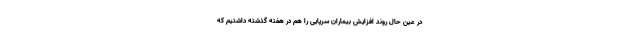
در عین حال روند افزایش بیماران سرپایی را هم در هفته گذشته داشتیم که